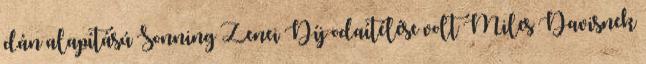
dán alapítású Sonning Zenei Díj odaítélése volt Miles Davisnek